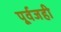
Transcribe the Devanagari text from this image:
पूर्वजही